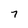
Character: 7